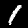
Digit: 1